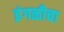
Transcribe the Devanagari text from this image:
इंगळीचा